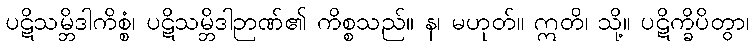
ပဋိသမ္ဘိဒါကိစ္စံ၊ ပဋိသမ္ဘိဒါဉာဏ်၏ ကိစ္စသည်။ န၊ မဟုတ်။ ဣတိ၊ သို့။ ပဋိက္ခိပိတွာ၊